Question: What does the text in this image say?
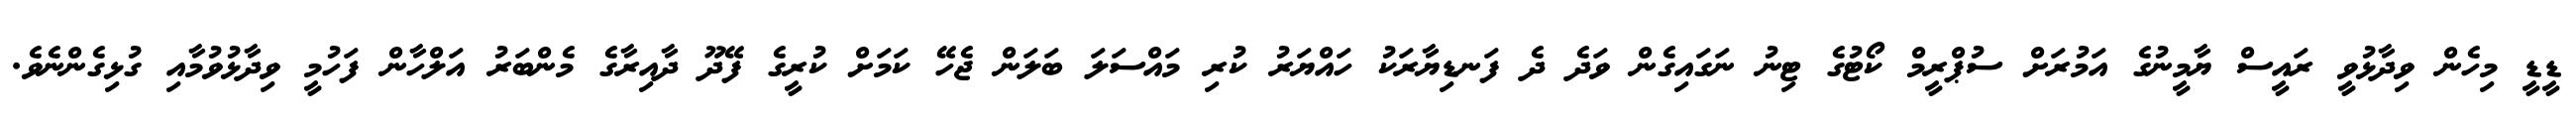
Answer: ޑީޑީ މިހެން ވިދާޅުވީ ރައީސް ޔާމީނުގެ އަމުރަށް ސުޕްރީމް ކޯޓުގެ ޓިނު ނަގައިގެން ވަދެ ދެ ފަނޑިޔާރަކު ހައްޔަރު ކުރި މައްސަލަ ބަލަން ޖެހޭ ކަމަށް ކުރީގެ ފޭދޫ ދާއިރާގެ މެންބަރު އަލްހާން ފަހުމީ ވިދާޅުވުމާއި ގުޅިގެންނެވެ.